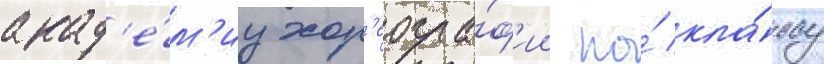
акад'е́м'иу хор'еогра́ф'ии по́ кла́ссу